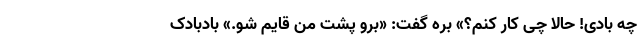
چه بادی! حالا چی کار کنم؟» بره گفت: «برو پشت من قایم شو.» بادبادک